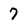
Character: 7